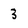
Character: 3